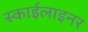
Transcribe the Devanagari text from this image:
स्काईलाइनर